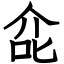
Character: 㖋